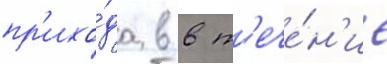
пр'ихо́да в в т'ече́н'ие